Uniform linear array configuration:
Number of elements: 4
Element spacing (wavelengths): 0.25
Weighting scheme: binomial
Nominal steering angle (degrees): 60
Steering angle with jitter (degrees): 58.837
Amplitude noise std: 0.05
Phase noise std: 0.05

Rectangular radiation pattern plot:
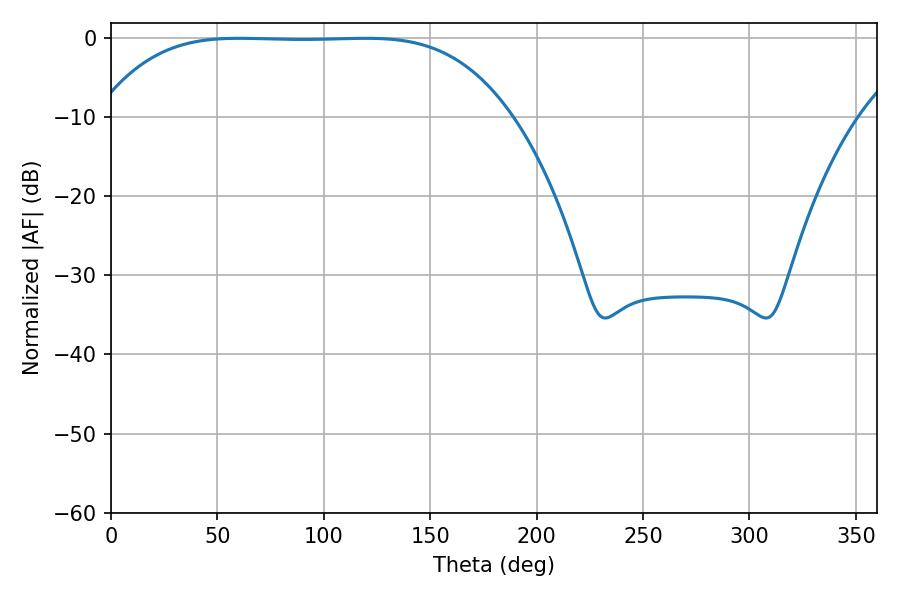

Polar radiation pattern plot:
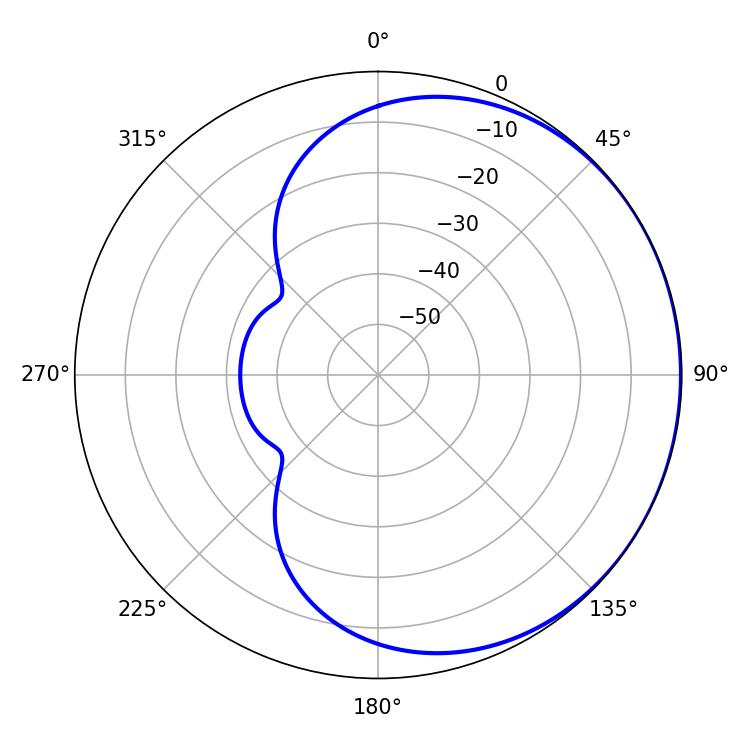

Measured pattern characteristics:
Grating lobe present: FALSE
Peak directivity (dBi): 0.4279
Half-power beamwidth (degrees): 147.96
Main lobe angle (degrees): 60.3